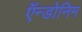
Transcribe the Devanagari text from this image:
ऍन्डोनिम